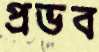
প্রভব